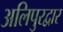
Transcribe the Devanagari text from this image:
अलिपुरद्वार